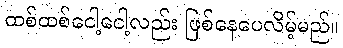
ထစ်ထစ်ငေါ့ငေါ့လည်း ဖြစ်နေပေလိမ့်မည်။